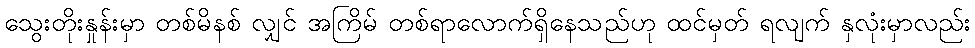
သွေးတိုးနှုန်းမှာ တစ်မိနစ် လျှင် အကြိမ် တစ်ရာလောက်ရှိနေသည်ဟု ထင်မှတ် ရလျက် နှလုံးမှာလည်း